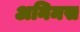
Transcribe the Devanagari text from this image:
अनिमस